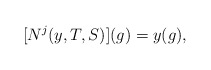
\begin{align*} [N^j(y,T,S)](g) = y(g),\end{align*}